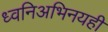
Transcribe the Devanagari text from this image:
ध्वनिअभिनयही